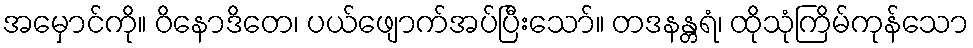
အမှောင်ကို။ ဝိနောဒိတေ၊ ပယ်ဖျောက်အပ်ပြီးသော်။ တဒနန္တရံ၊ ထိုသုံကြိမ်ကုန်သော